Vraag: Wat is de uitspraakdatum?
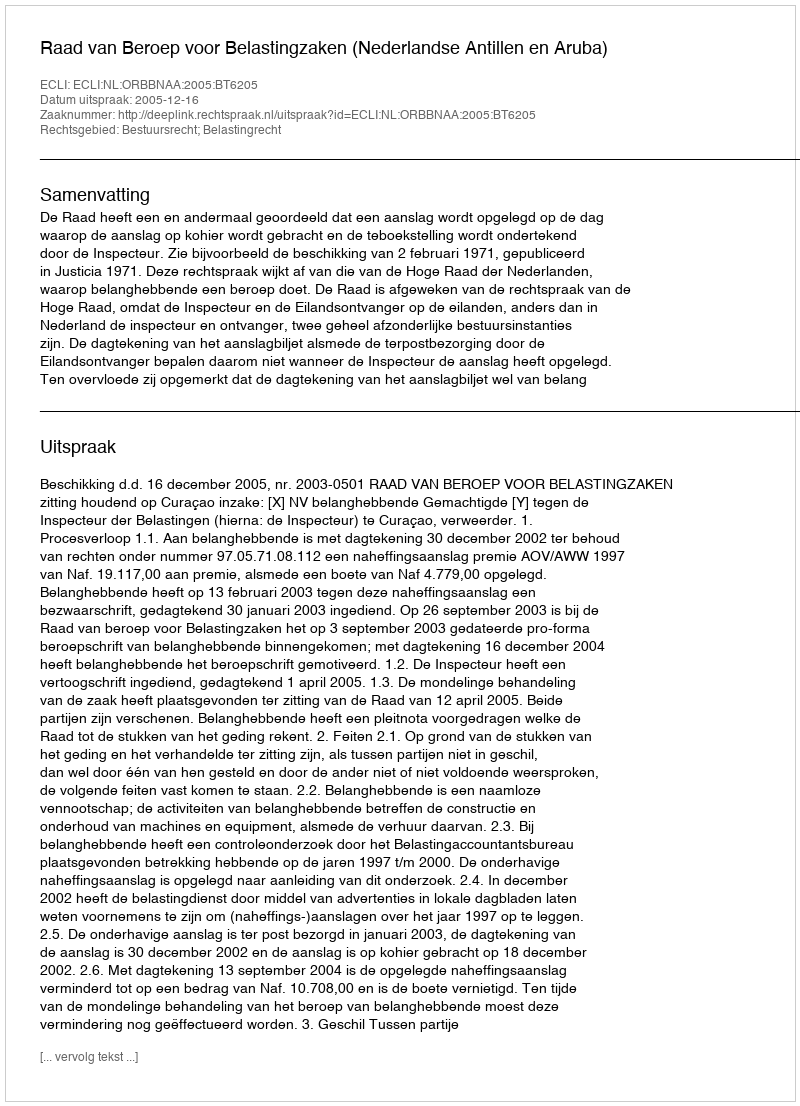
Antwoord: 2005-12-16